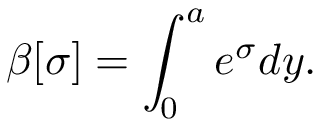
\beta [ \sigma ] = \int _ { 0 } ^ { a } e ^ { \sigma } d y .